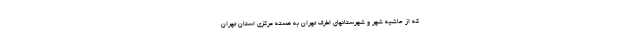
که از حاشیه شهر و شهرستانهای اطرف تهران به هسته مرکزی استان تهران